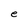
Character: e